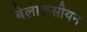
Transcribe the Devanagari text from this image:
बेलारूसीयन